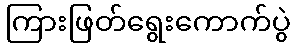
ကြားဖြတ်ရွေးကောက်ပွဲ